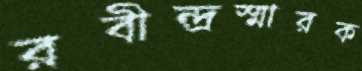
রবীন্দ্রস্মারক